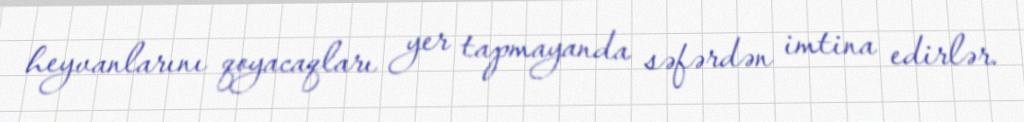
heyvanlarını qoyacaqları yer tapmayanda səfərdən imtina edirlər.